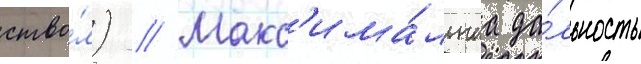
ство́л) // Макс'има́льнаа да́льность